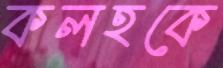
কলহকে